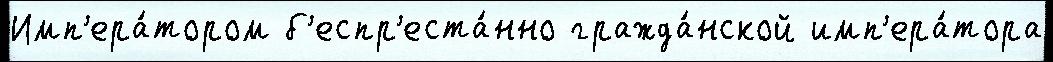
Имп'ера́тором б'еспр'еста́нно гражда́нской имп'ера́тора